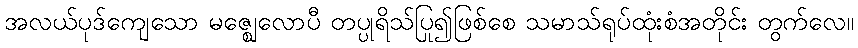
အလယ်ပုဒ်ကျေသော မဇ္ဈေလောပီ တပ္ပုရိသ်ပြု၍ဖြစ်စေ သမာသ်ရုပ်ထုံးစံအတိုင်း တွက်လေ။